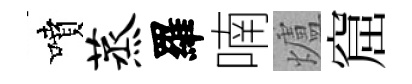
噴蒸羅喃爐窟